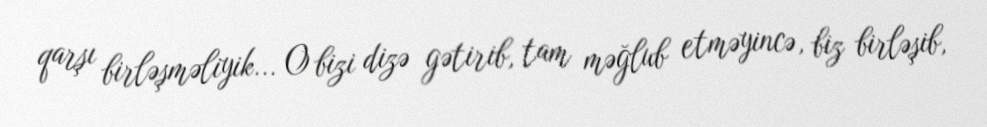
qarşı birləşməliyik... O bizi dizə gətirib, tam məğlub etməyincə, biz birləşib,